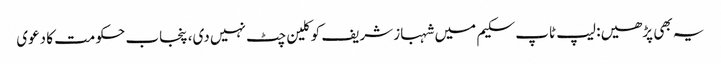
یہ بھی پڑھیں: لیپ ٹاپ سکیم میں شہباز شریف کو کلین چٹ نہیں دی، پنجاب حکومت کا دعوی